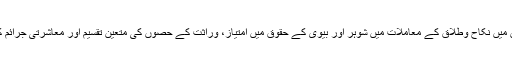
اس ضمن میں جو احکام خصوصیت سے زیر بحث ہیں، ان میں نکاح وطلاق کے معاملات میں شوہر اور بیوی کے حقوق میں امتیاز، وراثت کے حصوں کی متعین تقسیم اور معاشرتی جرائم کے حوالے سے قرآن کریم کی بیان کردہ سزائیں شامل ہیں۔